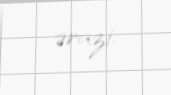
ərazi.